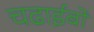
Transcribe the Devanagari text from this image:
चढाईबो